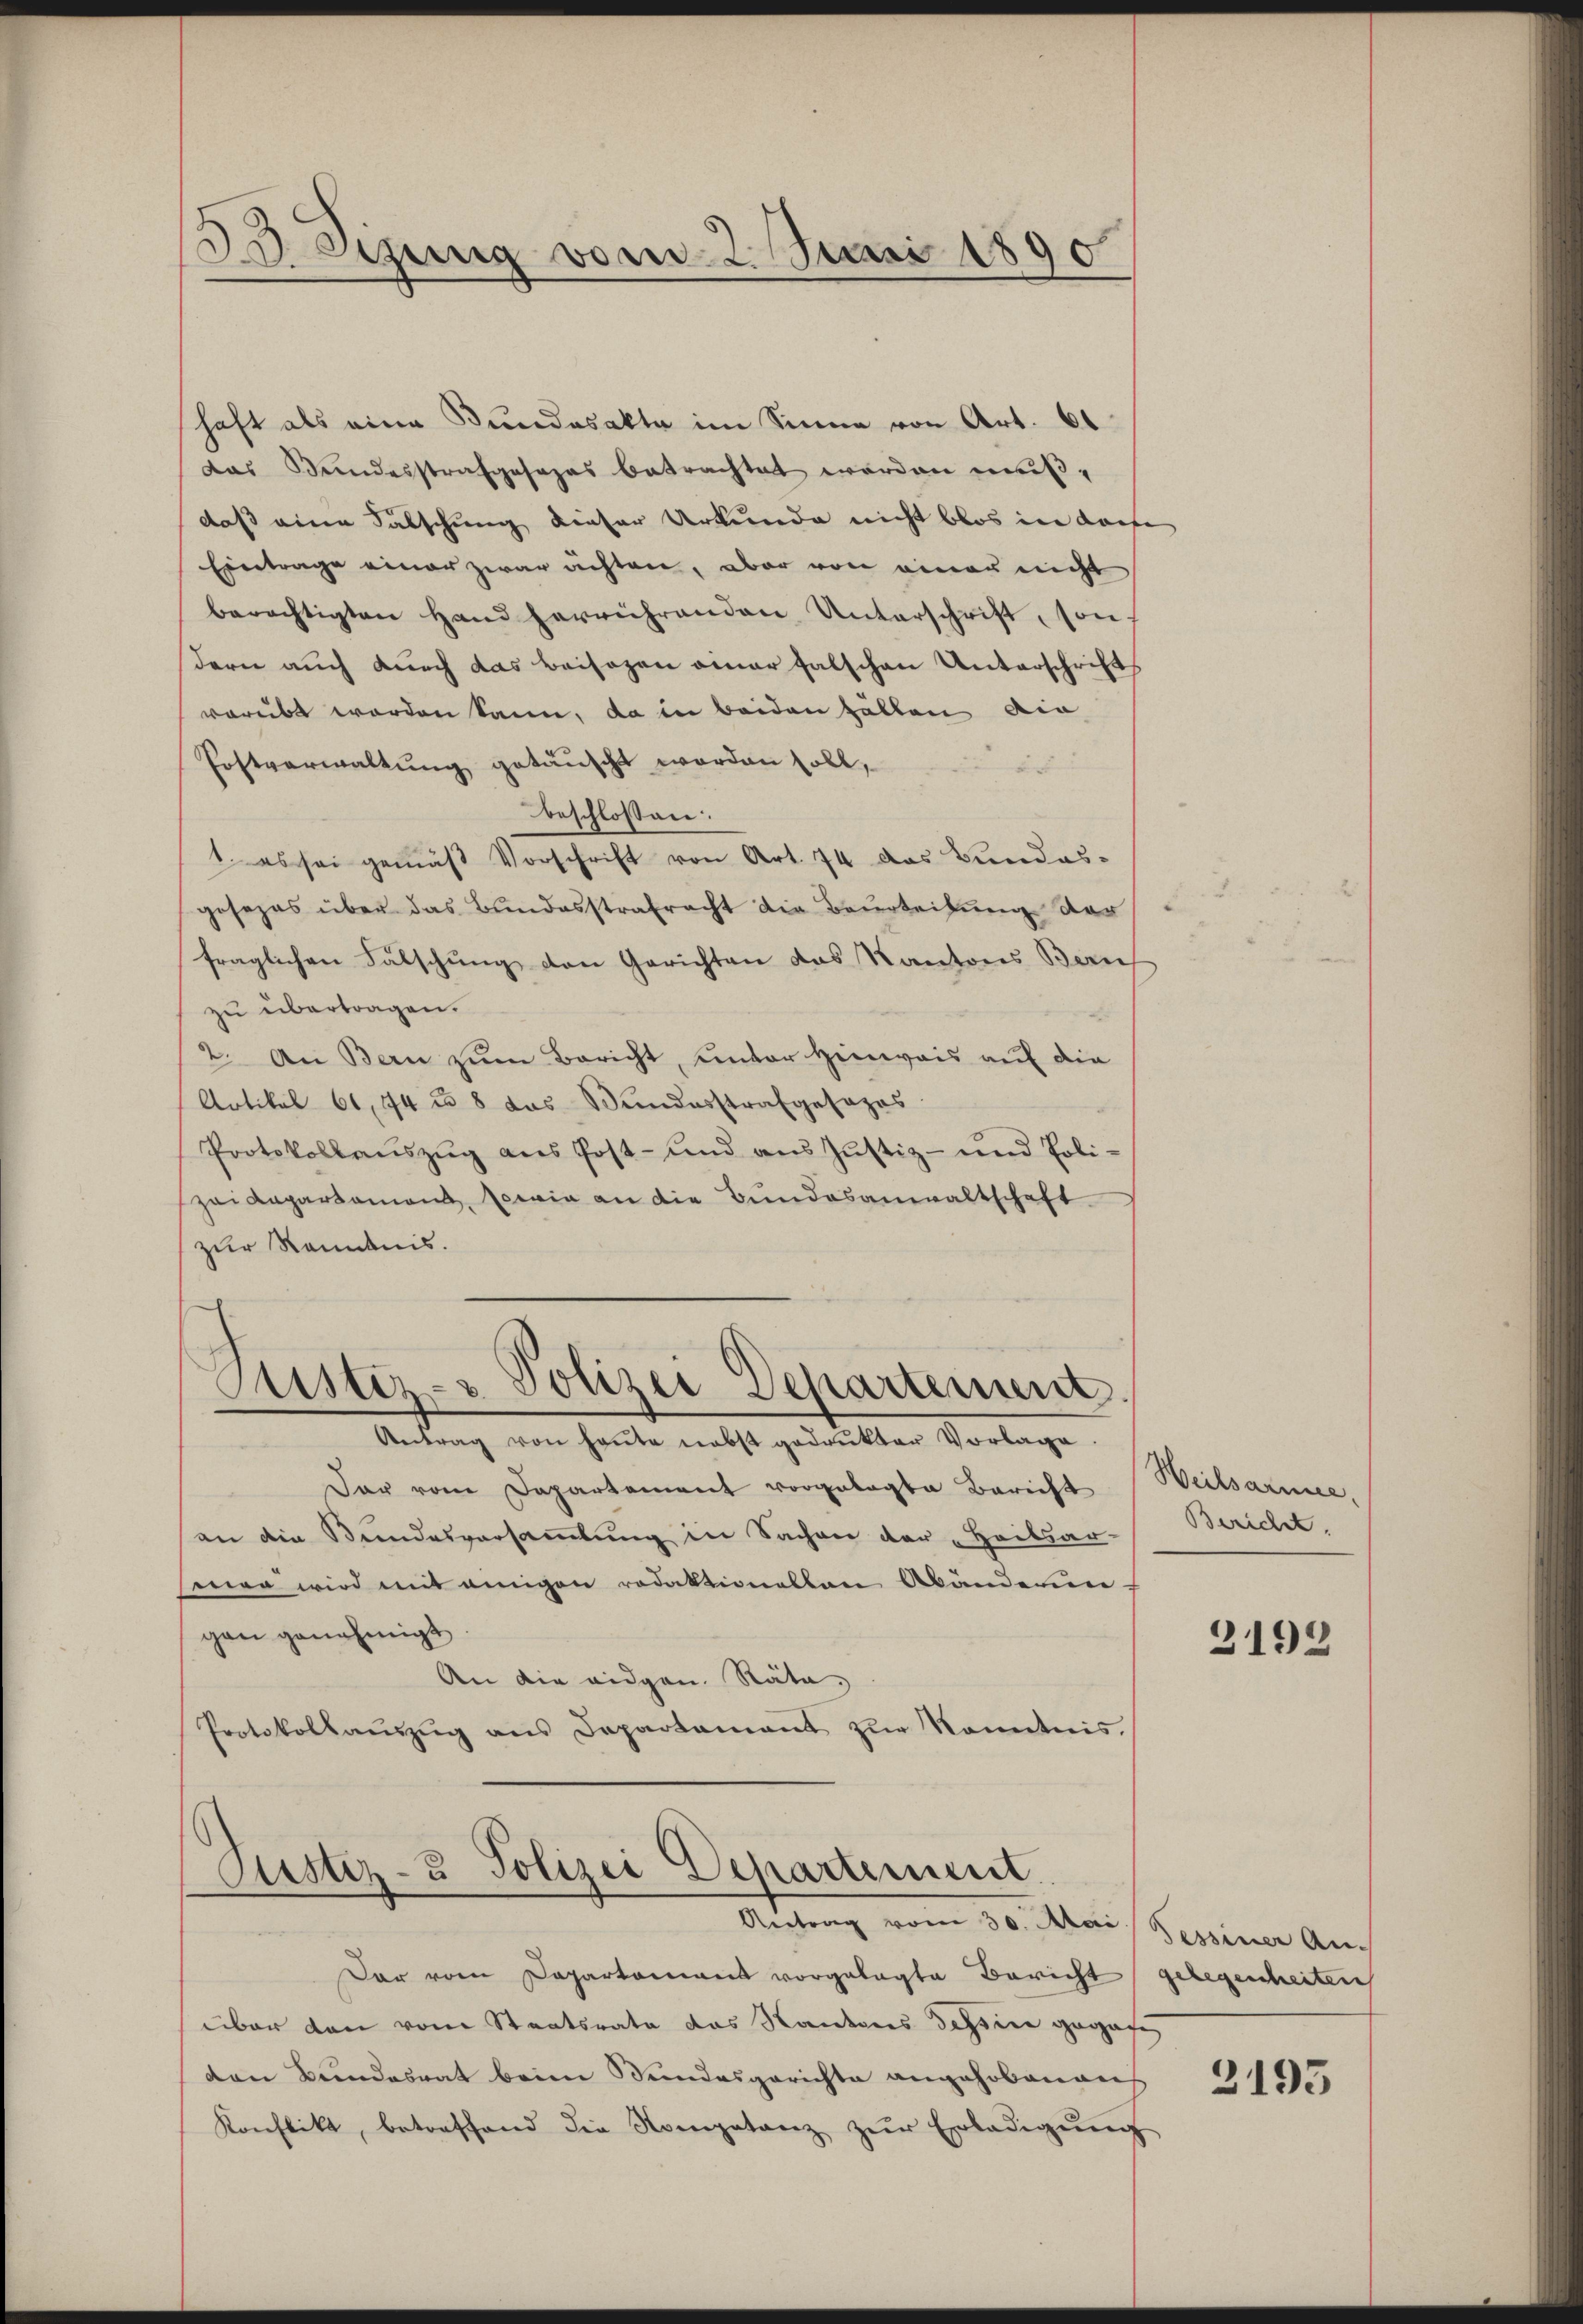
2. Sizung vom 2. Juni 1890

haft als eine Kundasakte im Sinne von Art. 61
das Bundesstrafgesezes betrachtet werden muß,
daß eine Falschung dieser Urkunde nicht blos in darfe
Eintrage einer zwar achten, aber von einer nicht
berechtigten Hand herrührenden Unterschrift, son-
dern auch durch das Beisagen einer falschen Unterschrifts
verübt worden kann, da in beiden halten die
Postverwaltung getäuscht worden soll,
beschlossen:
1. es sei gemäß Vorschrift von Art. 74 das Bundes-
gesezes über das Bundesstrafracht die Beurteilung der
fraglichen Fälschung den Gerichten das Kantons Bauf
zu übertragen.
2. An Bern zŭm Bericht, unter Hinweis auf die
Artikel 61, 74 u. 8 das Wundesstrafgesages.
Protokollaŭszŭg ans Post- und aus Justiz- und Poli-
zei Kapartament, sowie an die Bundesanwaltschaft
zur Kenntnis.
Justiz- & Polizei Departement.

Antrag von heŭte nebst gedrukter Vorlage.
dar vom Departement vorgelegte Bericht
an die Bundesversammlung in Sachen der „Heilsar-
mer wird mit einigen redaktionalten Abänderun-
gen genehmigt.
An die eidgen. Räte,
Protokollaŭszŭg ans Departamant zŭr Kenntnis.

Justiz- u Polizei Departement.
Antrag vom 30. Mai Sessener Aus

Dar vom Departement vorgelegte Bericht gelegenheiten
über den vom Staatsrate das Kantons Tessine gegang
den Bundesrat beim Bundesgerichte angehobenans
Konflikt, betreffend die Kompetanz zŭr Erledigŭng

Weilsarmee,
Bericht.

3193

3195